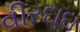
વીરદાદા